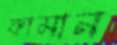
কামান